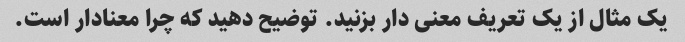
یک مثال از یک تعریف معنی دار بزنید. توضیح دهید که چرا معنادار است.